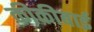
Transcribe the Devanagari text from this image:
कीकीबाई